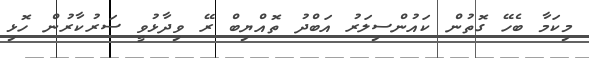
މިކަމާ ބެހޭ ގޮތުން ކައުންސިލަރު އަބްދު ތޮއްޔިބް ރޭ ވިދާޅުވީ ސަރުކާރުން ހޮޅި